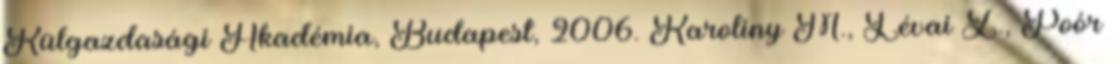
Külgazdasági Akadémia, Budapest, 2006. Karoliny M., Lévai Z., Poór